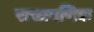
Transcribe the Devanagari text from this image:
रासायणिक